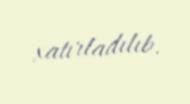
xatırladılıb.